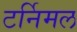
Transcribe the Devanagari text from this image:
टर्निमल